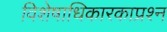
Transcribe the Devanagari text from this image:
विशेषाधिकारकाप्रश्न